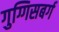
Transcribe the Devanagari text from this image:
गुग्गिसबर्ग